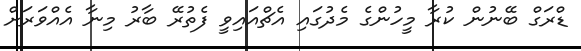
ޑްރަގް ބޭނުން ކުރާ މީހުންގެ މެދުގައި އެޗްއައިވީ ފެތުރޭ ބާރު މިނާ އެއްވަރަށް